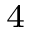
^ { 4 }